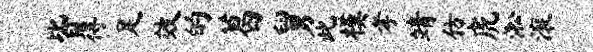
皆得足效的葛舅此模孝靖仿虎淞滚